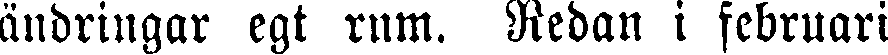
ändringar egt mm. Redan i februari